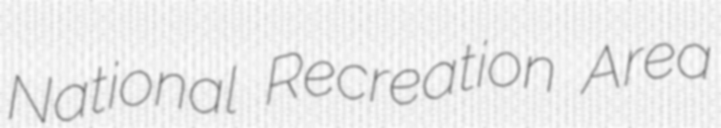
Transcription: National Recreation Area